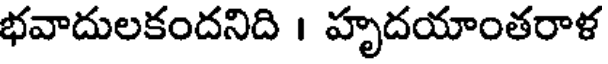
భవాదులకందనిది । హృదయాంతరాళ